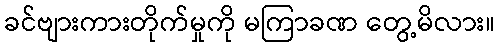
ခင်ဗျားကားတိုက်မှုကို မကြာခဏ တွေ့မိလား။